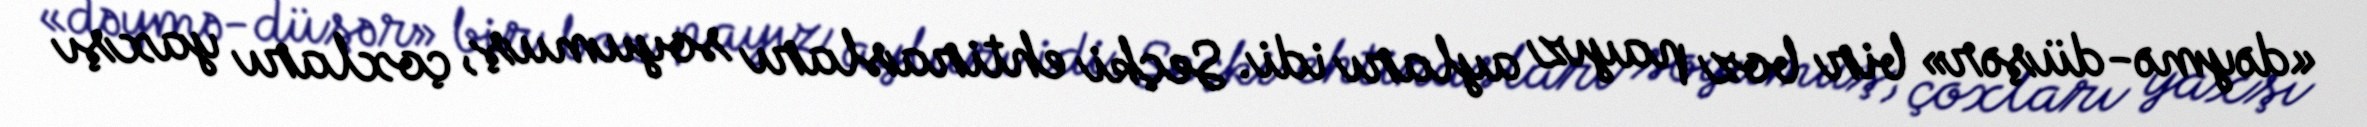
«dəymə-düşər» bir boz payız ayları idi. Seçki ehtirasları soyumuş, çoxları yaxşı